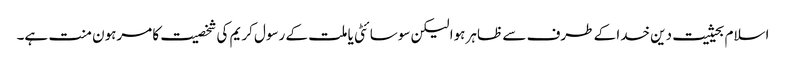
اسلام بحیثیت دین خدا کے طرف سے ظاہر ہوا لیکن سوسائٹی یا ملت کے رسول کریم کی شخصیت کا مرہون منت ہے۔